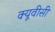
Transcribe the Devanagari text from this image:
क्यूवीसी